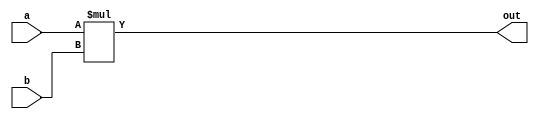
module mult_inf #(parameter SIZE = 32)(

    input wire [SIZE - 1:0] a, b,
    output reg [2*SIZE - 1:0] out

    );
    
    always @ (a, b) begin
        out <= a * b;
    end
endmodule